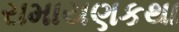
રામાયણકથા